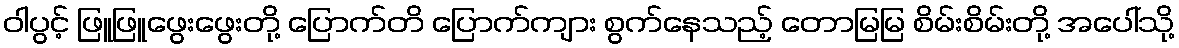
ဝါပွင့် ဖြူဖြူဖွေးဖွေးတို့ ပြောက်တိ ပြောက်ကျား စွက်နေသည့် တောမြမြ စိမ်းစိမ်းတို့ အပေါ်သို့